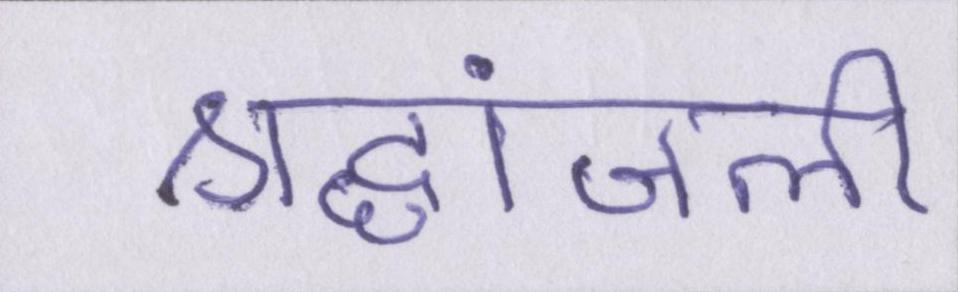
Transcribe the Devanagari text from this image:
श्रद्धांजली